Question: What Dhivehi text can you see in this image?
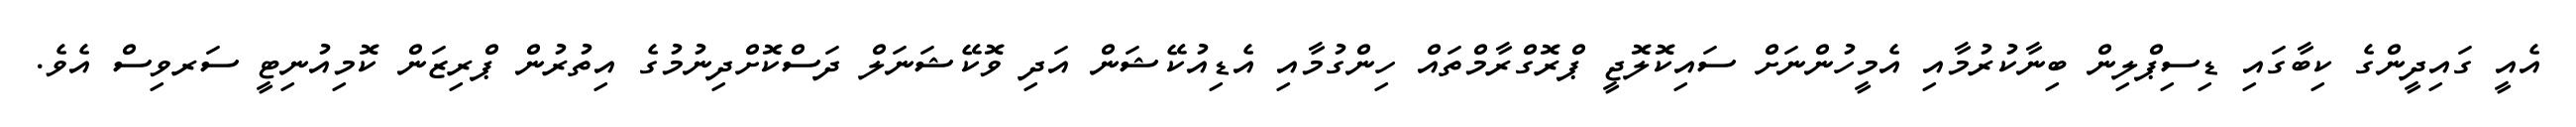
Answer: އެއީ ގައިދީންގެ ކިބާގައި ޑިސިޕްލިން ބިނާކުރުމާއި އެމީހުންނަށް ސައިކޮލޮޖީ ޕްރޮގްރާމްތައް ހިންގުމާއި އެޑިއުކޭޝަން އަދި ވޮކޭޝަނަލް ދަސްކޮށްދިނުމުގެ އިތުރުން ޕްރިޒަން ކޮމިއުނިޓީ ސަރވިސް އެވެ.